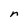
Character: n